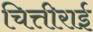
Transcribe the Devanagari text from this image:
चित्तीराई